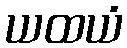
ယထယံ